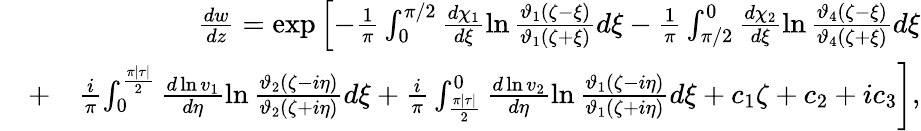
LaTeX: \begin{array}{rlr}&{}&{\frac{dw}{dz}=\exp\left[-\frac{1}{\pi}\int_{0}^{\pi/2}\frac{d\chi_{1}}{d\xi}\ln\frac{\vartheta_{1}(\zeta-\xi)}{\vartheta_{1}(\zeta+\xi)}d\xi-\frac{1}{\pi}\int_{\pi/2}^{0}\frac{d\chi_{2}}{d\xi}\ln\frac{\vartheta_{4}(\zeta-\xi)}{\vartheta_{4}(\zeta+\xi)}d\xi\right.}\\ &{+}&{\frac{i}{\pi}\left.\int_{0}^{\frac{\pi|\tau|}{2}}\frac{d\ln v_{1}}{d\eta}\ln\frac{\vartheta_{2}(\zeta-i\eta)}{\vartheta_{2}(\zeta+i\eta)}d\xi+\frac{i}{\pi}\int_{\frac{\pi|\tau|}{2}}^{0}\frac{d\ln v_{2}}{d\eta}\ln\frac{\vartheta_{1}(\zeta-i\eta)}{\vartheta_{1}(\zeta+i\eta)}d\xi+c_{1}\zeta+c_{2}+ic_{3}\right],}\end{array}